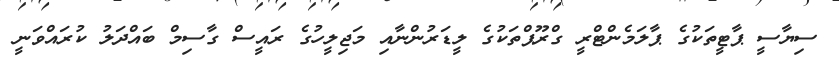
ސިޔާސީ ޕާޓީތަކުގެ ޕާލަމެންޓްރީ ގްރޫޕްތަކުގެ ލީޑަރުންނާއި މަޖިލީހުގެ ރައީސް ގާސިމް ބައްދަލު ކުރައްވަނީ